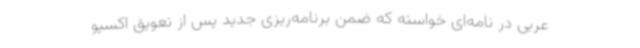
عربی در نامه‌ای خواسته که ضمن برنامه‌ریزی جدید پس از تعویق اکسپو